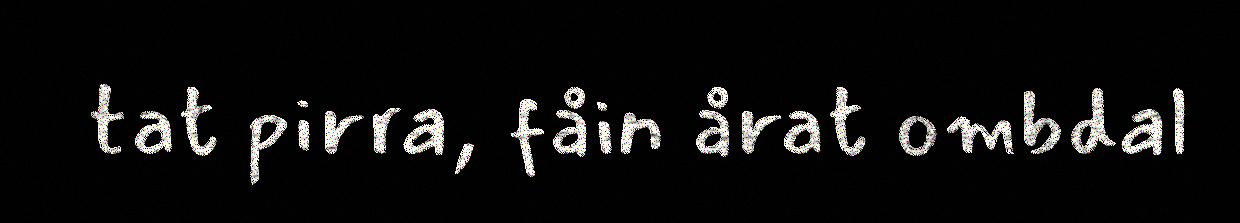
tat pirra, fåin årat ombdal